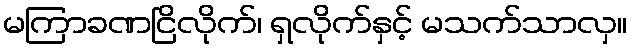
မကြာခဏငြိလိုက်၊ ရှလိုက်နှင့် မသက်သာလှ။